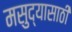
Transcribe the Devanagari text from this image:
मसुद्यासाठी